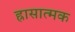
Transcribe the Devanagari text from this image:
ह्रासात्मक